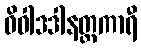
ဝိဝါဒဒါနတ္တကာရီ